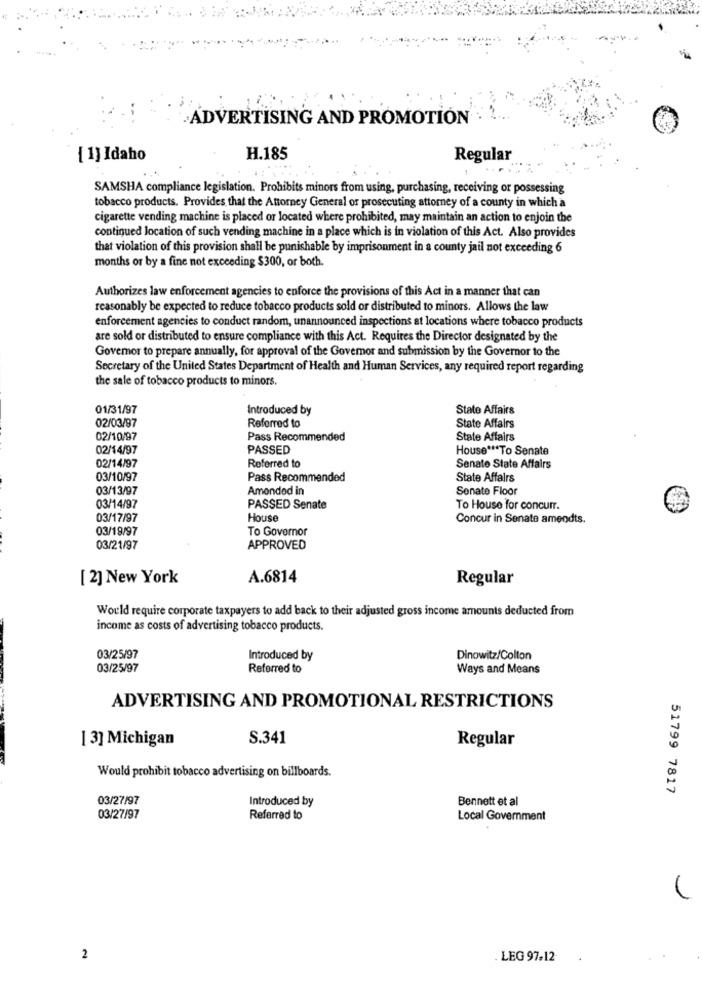
.ADVERTISING AND PROMOTION
[ 1] Idaho
H.185
Regular
SAMSHA compliance legislation. Prohibits minors from using, purchasing, receiving or possessing
tobacco products. Provides that the Attorney General or prosecuting attorney of a county in which a
cigarette vending machine is placed or located where prohibited, may maintain an action to enjoin the
continued location of such vending machine in a place which is in violation of this Act. Also provides
that violation of this provision shall be punishable by imprisonment in a county jail not exceeding 6
months or by a fine not exceeding $300, or both.
Authorizes law enforcement agencies to enforce the provisions of this Act in a manner that can
reasonably be expected to reduce tobacco products sold or distributed to minors. Allows the law
enforcement agencies to conduct random, unannounced inspections at locations where tobacco products
are sold or distributed to ensure compliance with this Act. Requires the Director designated by the
Governor to prepare annually, for approval of the Governor and submission by the Governor to the
Secretary of the United States Department of Health and Human Services, any required report regarding
the sale of tobacco products to minors.
01/31/97
Introduced by
State Affairs
02/03/97
Referred to
State Affairs
02/10/97
Pass Recommended
State Affairs
02/14/97
PASSED
House *** To Senate
02/14/97
Referred to
Senate State Affairs
03/10/97
Pass Recommended
State Affairs
03/13/97
Amended in
Senate Floor
03/14/97
PASSED Senate
To House for concurr.
03/17/97
House
Concur in Senate amendts.
03/19/97
To Governor
03/21/97
APPROVED
[ 2] New York
A.6814
Regular
Would require corporate taxpayers to add back to their adjusted gross income amounts deducted from
income as costs of advertising tobacco products.
03/25/97
Introduced by
Dinowitz/Colton
03/25/97
Referred to
Ways and Means
ADVERTISING AND PROMOTIONAL RESTRICTIONS
[ 3] Michigan
S.341
Regular
Would prohibit tobacco advertising on billboards.
51799 7817
03/27/97
Introduced by
Bennett et al
03/27/97
Referred to
Local Government
2
. LEG 97-12